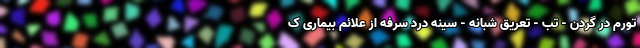
تورم در گردن - تب - تعریق شبانه - سینه درد سرفه از علائم بیماری ک